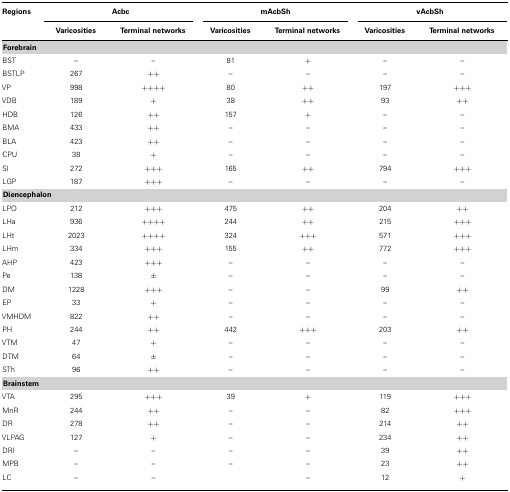
<table><thead><tr><td><b>Regions</b></td><td colspan="2"><b>Acbc</b></td><td colspan="2"><b>mAcbSh</b></td><td colspan="2"><b>vAcbSh</b></td></tr><tr><td></td><td><b>Varicosities</b></td><td><b>Terminal networks</b></td><td><b>Varicosities</b></td><td><b>Terminal networks</b></td><td><b>Varicosities</b></td><td><b>Terminal networks</b></td></tr></thead><tbody><tr><td><b>Forebrain</b></td></tr><tr><td>BST</td><td>–</td><td>–</td><td>81</td><td>+</td><td>–</td><td>–</td></tr><tr><td>BSTLP</td><td>267</td><td>++</td><td>–</td><td>–</td><td>–</td><td>–</td></tr><tr><td>VP</td><td>998</td><td>++++</td><td>80</td><td>++</td><td>197</td><td>+++</td></tr><tr><td>VDB</td><td>189</td><td>+</td><td>38</td><td>++</td><td>93</td><td>++</td></tr><tr><td>HDB</td><td>126</td><td>++</td><td>157</td><td>+</td><td>–</td><td>–</td></tr><tr><td>BMA</td><td>433</td><td>++</td><td>–</td><td>–</td><td>–</td><td>–</td></tr><tr><td>BLA</td><td>423</td><td>++</td><td>–</td><td>–</td><td>–</td><td>–</td></tr><tr><td>CPU</td><td>38</td><td>+</td><td>–</td><td>–</td><td>–</td><td>–</td></tr><tr><td>SI</td><td>272</td><td>+++</td><td>165</td><td>++</td><td>794</td><td>+++</td></tr><tr><td>LGP</td><td>187</td><td>+++</td><td>–</td><td>–</td><td>–</td><td>–</td></tr><tr><td><b>Diencephalon</b></td></tr><tr><td>LPO</td><td>212</td><td>+++</td><td>475</td><td>++</td><td>204</td><td>++</td></tr><tr><td>LHa</td><td>936</td><td>++++</td><td>244</td><td>++</td><td>215</td><td>+++</td></tr><tr><td>LHt</td><td>2023</td><td>++++</td><td>324</td><td>+++</td><td>571</td><td>+++</td></tr><tr><td>LHm</td><td>334</td><td>+++</td><td>155</td><td>++</td><td>772</td><td>+++</td></tr><tr><td>AHP</td><td>423</td><td>+++</td><td>–</td><td>–</td><td>–</td><td>–</td></tr><tr><td>Pe</td><td>138</td><td>±</td><td>–</td><td>–</td><td>–</td><td>–</td></tr><tr><td>DM</td><td>1228</td><td>+++</td><td>–</td><td>–</td><td>99</td><td>++</td></tr><tr><td>EP</td><td>33</td><td>+</td><td>–</td><td>–</td><td>–</td><td>–</td></tr><tr><td>VMHDM</td><td>822</td><td>++</td><td>–</td><td>–</td><td>–</td><td>–</td></tr><tr><td>PH</td><td>244</td><td>++</td><td>442</td><td>+++</td><td>203</td><td>++</td></tr><tr><td>VTM</td><td>47</td><td>+</td><td>–</td><td>–</td><td>–</td><td>–</td></tr><tr><td>DTM</td><td>64</td><td>±</td><td>–</td><td>–</td><td>–</td><td>–</td></tr><tr><td>STh</td><td>96</td><td>++</td><td>–</td><td>–</td><td>–</td><td>–</td></tr><tr><td><b>Brainstem</b></td></tr><tr><td>VTA</td><td>295</td><td>+++</td><td>39</td><td>+</td><td>119</td><td>+++</td></tr><tr><td>MnR</td><td>244</td><td>++</td><td>–</td><td>–</td><td>82</td><td>+++</td></tr><tr><td>DR</td><td>278</td><td>++</td><td>–</td><td>–</td><td>214</td><td>++</td></tr><tr><td>VLPAG</td><td>127</td><td>+</td><td>–</td><td>–</td><td>234</td><td>++</td></tr><tr><td>DRI</td><td>–</td><td>–</td><td>–</td><td>–</td><td>39</td><td>++</td></tr><tr><td>MPB</td><td>–</td><td>–</td><td>–</td><td>–</td><td>23</td><td>++</td></tr><tr><td>LC</td><td>–</td><td>–</td><td></td><td>–</td><td>12</td><td>+</td></tr></tbody></table>